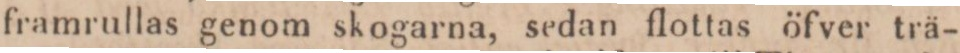
framrullas genom skogarna, sedan flottas öfver trä-